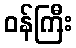
ဝန်ကြီး